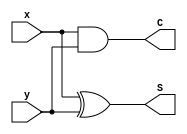
module half_adder (S, C, x, y);
  output 	S, C;
  input	x, y;

  xor (S, x, y);
  and (C, x, y);
endmodule